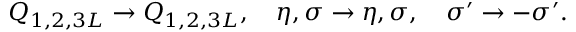
Q _ { 1 , 2 , 3 L } \to Q _ { 1 , 2 , 3 L } , \quad \eta , \sigma \to \eta , \sigma , \quad \sigma ^ { \prime } \to - \sigma ^ { \prime } .